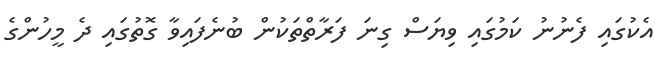
އެކުގައި ފެނުނު ކަމުގައި ވިޔަސް ގިނަ ފަރާތްތަކުން ބުނެފައިވާ ގޮތުގައި ދެ މީހުންގެ